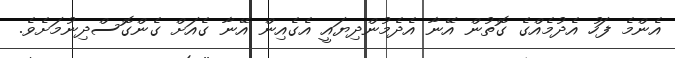
އެންމެ ފަހު އެދުމެއްގެ ގޮތުން އޭނާ އެދެމުންދިޔައީ އެގެއިން އޭނާ ގެއަށް ގެންގޮސްދިނުމަށެވެ.